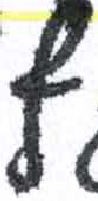
אות: ף